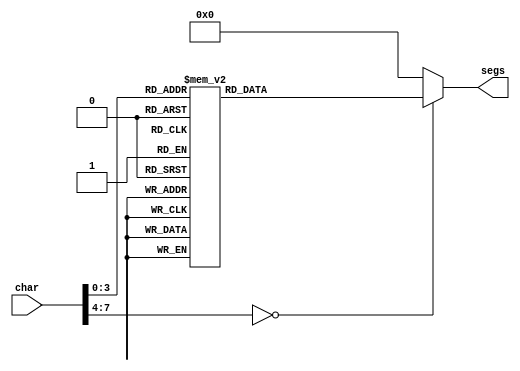
module seven_seg_10 (
    input [7:0] char,
    output reg [6:0] segs
  );
  
  
  
  always @* begin
    
    case (char)
      1'h0: begin
        segs = 7'h08;
      end
      1'h1: begin
        segs = 7'h5e;
      end
      2'h2: begin
        segs = 7'h11;
      end
      2'h3: begin
        segs = 7'h12;
      end
      3'h4: begin
        segs = 7'h46;
      end
      3'h5: begin
        segs = 7'h22;
      end
      3'h6: begin
        segs = 7'h20;
      end
      3'h7: begin
        segs = 7'h1e;
      end
      4'h8: begin
        segs = 7'h00;
      end
      4'h9: begin
        segs = 7'h02;
      end
      4'hd: begin
        segs = 7'h05;
      end
      4'he: begin
        segs = 7'h2d;
      end
      default: begin
        segs = 7'h00;
      end
    endcase
  end
endmodule